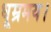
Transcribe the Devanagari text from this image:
धूम्रमय।